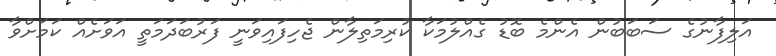
އަލިފާނުގެ ސަބަބުން އެންމެ ބޮޑު ގެއްލުމަކާ ކުރިމަތިލާން ޖެހިފައިވަނީ ފަރުބަދަމަތީ އަވަށެއް ކަމަށްވާ